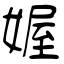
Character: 媉